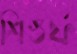
শিগুর্ফ